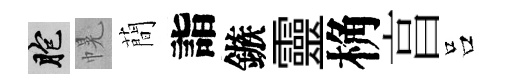
胞幌蕳詣鏃靈桷亯吕